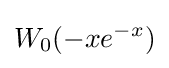
W_{0}(-xe^{-x})